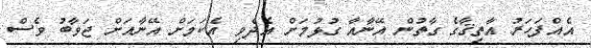
އެއްފަހަރު އާތިޤާގެ ގާތުން އޭނާއާ ގުޅުމަށް އެދެވި އެކަމަށް އޭނާއަށް ޖަވާބު ވެސް